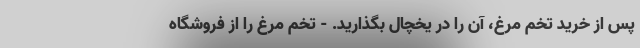
پس از خرید تخم مرغ، آن را در یخچال بگذارید. - تخم مرغ را از فروشگاه